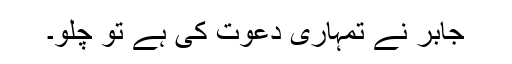
جابر نے تمہاری دعوت کی ہے تو چلو۔